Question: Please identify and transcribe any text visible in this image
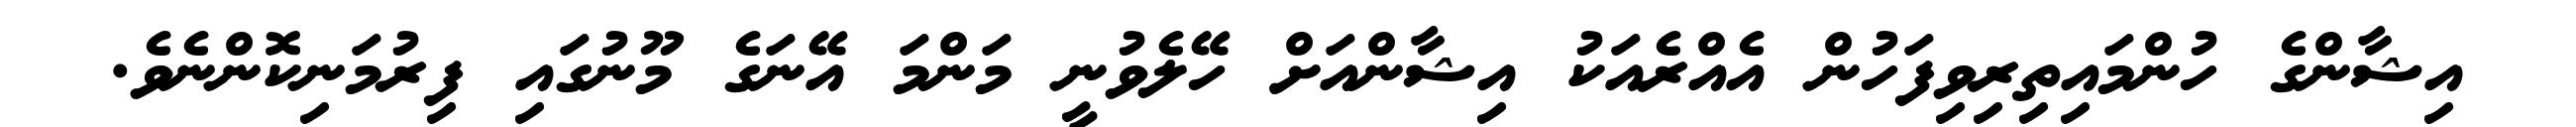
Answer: އިޝާންގެ ހުންމައިތިރިވިފަހުން އެއްރެއަކު އިޝާންއަށް ހޭލެވުނީ މަންމަ އޭނަގެ މޫނުގައި ފިރުމަނިކޮންނެވެ.